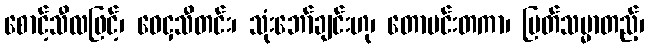
စောင့်သီလဖြင့်၊ ဝေငှသီတင်း၊ သုံးဘော်ချင်းဟု၊ တောမင်းတကာ၊ မြတ်သမ္မာတည့်၊